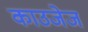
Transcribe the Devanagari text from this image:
काउजेज